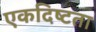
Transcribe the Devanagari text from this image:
एकदिष्‍टता